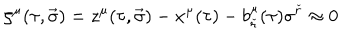
LaTeX: \zeta ^ { \mu } ( \tau , \vec { \sigma } ) = z ^ { \mu } ( \tau , \vec { \sigma } ) - x ^ { \mu } ( \tau ) - b _ { \check { r } } ^ { \mu } ( \tau ) \sigma ^ { \check { r } } \approx 0